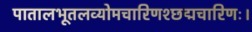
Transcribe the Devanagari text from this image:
पातालभूतलव्योमचारिणश्छद्मचारिणः।